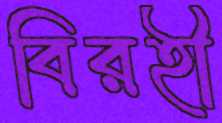
বিরহী